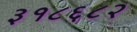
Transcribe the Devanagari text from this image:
३१८६८२